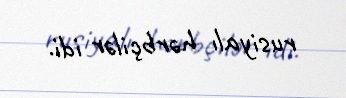
rusiyalı hərbçilər idi.